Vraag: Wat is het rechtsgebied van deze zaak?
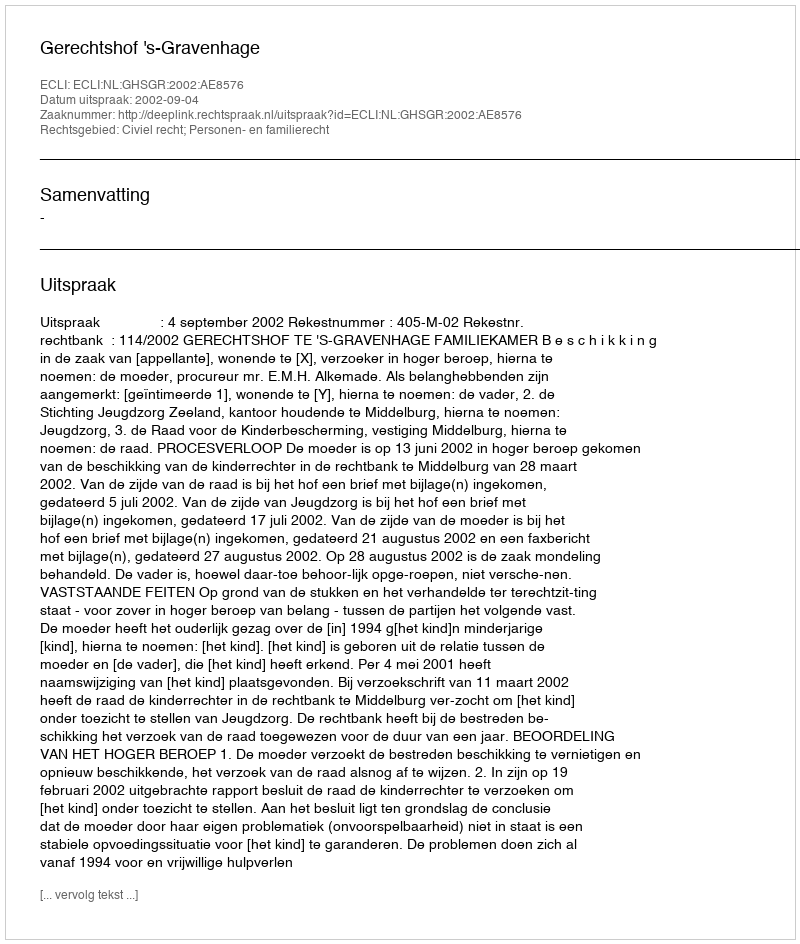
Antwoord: Civiel recht; Personen- en familierecht